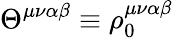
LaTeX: \Theta^{\mu\nu\alpha\beta}\equiv\rho_{0}^{\mu\nu\alpha\beta}